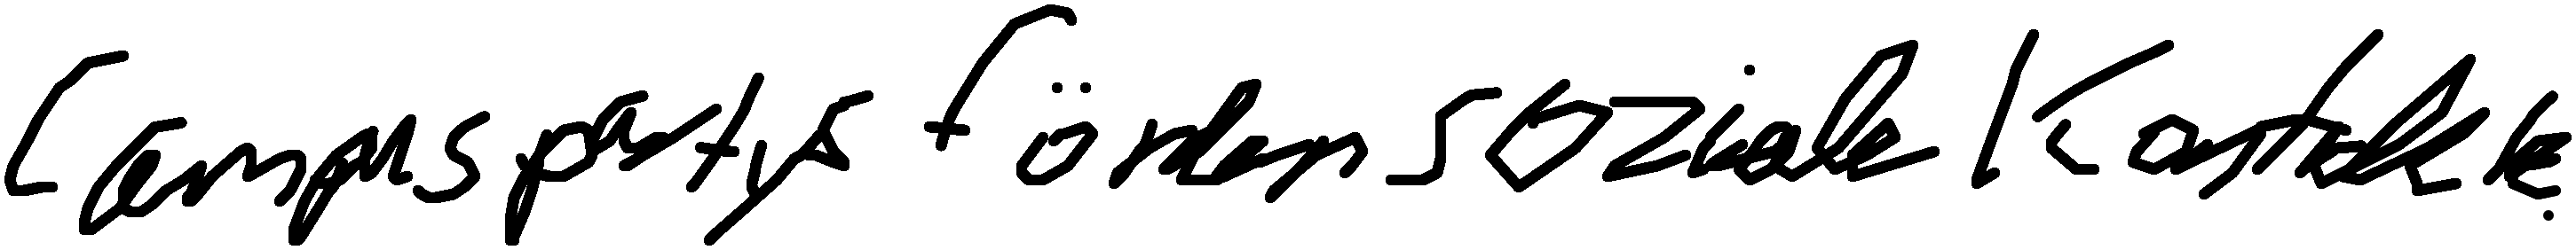
Campuspartys fördern soziale Kontakte.